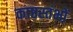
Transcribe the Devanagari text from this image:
काष्ठस्तंभों